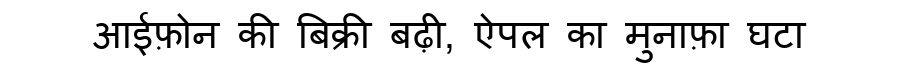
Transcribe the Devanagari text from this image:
आईफ़ोन की बिक्री बढ़ी, ऐपल का मुनाफ़ा घटा